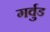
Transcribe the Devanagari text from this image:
गर्वुड